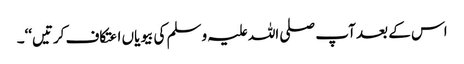
اس کے بعد آپ صلی اللہ علیہ وسلم کی بیویاں اعتکاف کرتیں‘‘۔